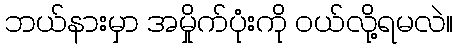
ဘယ်နားမှာ အမှိုက်ပုံးကို ဝယ်လို့ရမလဲ။